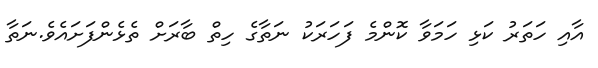
އާއި ހަތަރު ކަޅި ހަމަވާ ކޮންމެ ފަހަރަކު ނަތާގެ ހިތް ބާރަށް ތެޅެންފަށައެވެ.ނަތާ